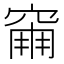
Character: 𥧀